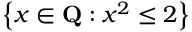
\left\{ x \in \mathbf { Q } : x ^ { 2 } \leq 2 \right\}